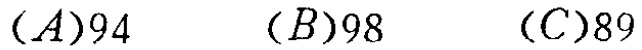
$(A)94\quad (B)98\quad (C)89$